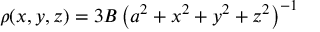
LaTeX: \rho ( x , y , z ) = 3 B \left( a ^ { 2 } + x ^ { 2 } + y ^ { 2 } + z ^ { 2 } \right) ^ { - 1 }